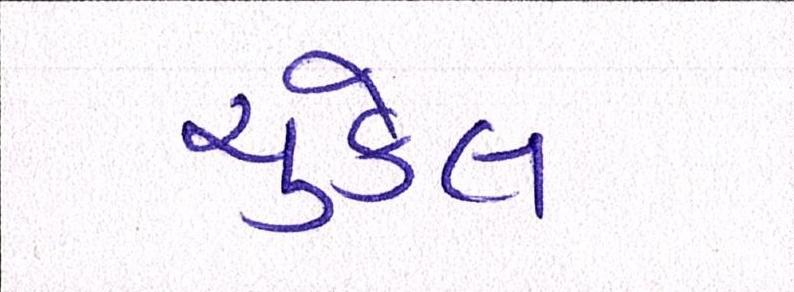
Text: ચુકેલ